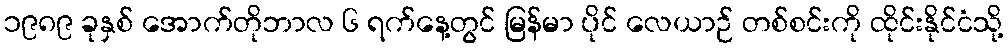
၁၉၈၉ ခုနှစ် အောက်တိုဘာလ ၆ ရက်နေ့တွင် မြန်မာ ပိုင် လေယာဉ် တစ်စင်းကို ထိုင်းနိုင်ငံသို့